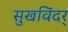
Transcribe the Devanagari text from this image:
सुखविंदर्